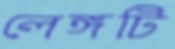
লেঙ্গটি